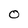
Character: 0